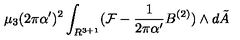
\mu _ { 3 } ( 2 \pi \alpha ^ { \prime } ) ^ { 2 } \int _ { R ^ { 3 + 1 } } ( { \cal F } - \frac { 1 } { 2 \pi \alpha ^ { \prime } } B ^ { ( 2 ) } ) \wedge d { \tilde { A } }